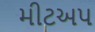
મીટઅપ